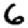
Digit: 6